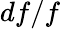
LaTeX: df/f